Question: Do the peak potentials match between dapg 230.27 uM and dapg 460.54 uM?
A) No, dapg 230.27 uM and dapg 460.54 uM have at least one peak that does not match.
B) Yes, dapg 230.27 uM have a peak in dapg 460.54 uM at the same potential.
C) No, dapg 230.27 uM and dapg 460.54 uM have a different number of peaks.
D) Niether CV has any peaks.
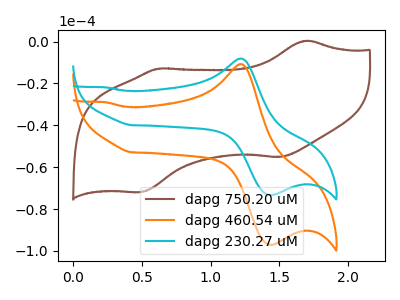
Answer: <think>The brown curve "dapg 750.20 uM" has anodic peaks at (1.70V, 0.45uA) (0.60V, -12.90uA) and cathodic peaks at (1.50V, -55.15uA) (0.50V, -71.95uA). The orange curve "dapg 460.54 uM" has an anodic peak at (1.20V, -10.75uA) and a cathodic peak at (1.45V, -97.05uA). The cyan curve "dapg 230.27 uM" has an anodic peak at (1.20V, -8.10uA) and a cathodic peak at (1.45V, -73.25uA).</think>
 <answer>B) Yes, "dapg 230.27 uM" have a peak in "dapg 460.54 uM" at the same potential.</answer>
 <eval>B</eval>